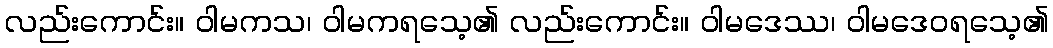
လည်းကောင်း။ ဝါမကသ၊ ဝါမကရသေ့၏ လည်းကောင်း။ ဝါမဒေဿ၊ ဝါမဒေဝရသေ့၏